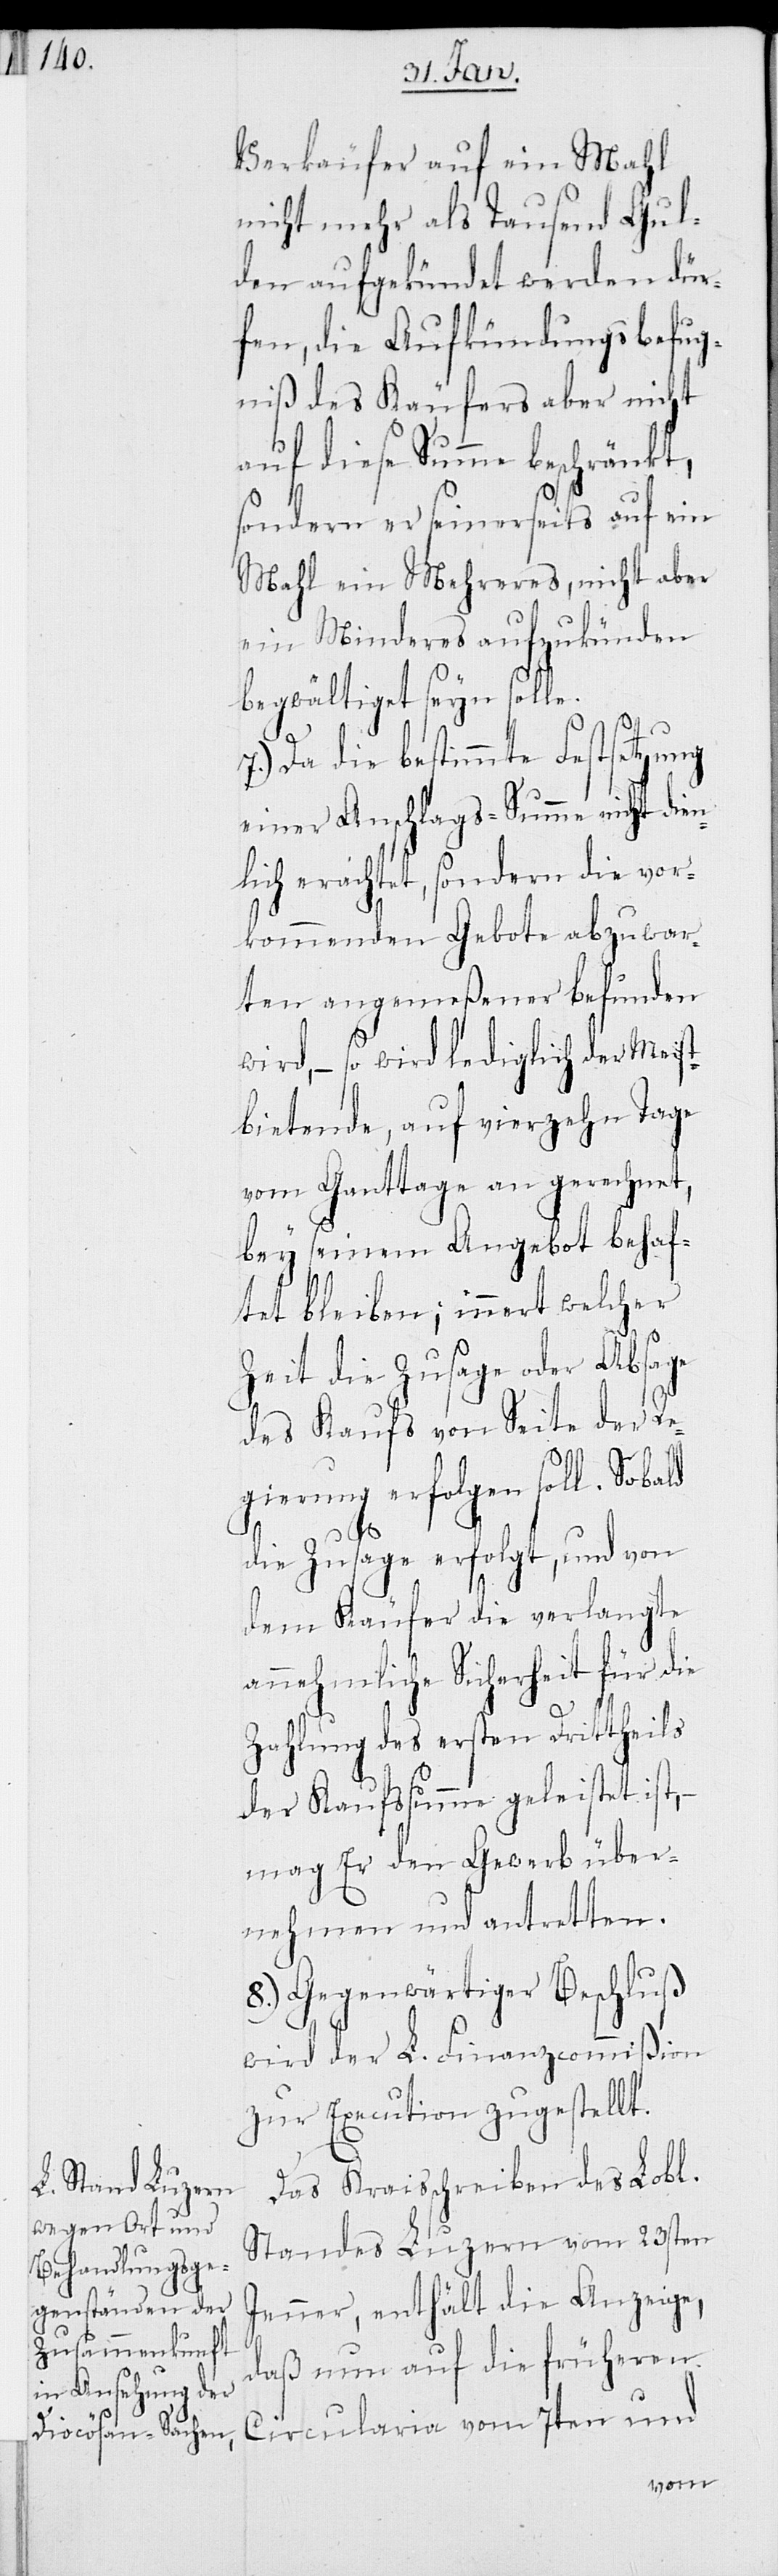
Verkäufer auf ein Mahl
nicht mehr als tausend Gul¬
den aufgekündet werden dür¬
fen, die Aufkündigungsbefug¬
niß des Käufers aber nicht
auf diese Summe beschränkt,
sondern er seinerseits auf ein
Mahl ein Mehreres, nicht aber
ein Minderes aufzukünden
begwältiget seyn solle.
Da die bestimmte Festsetzung
einer Anschlags-Summe nicht die¬
nlich erachtet, sondern die vor¬
kommenden Gebote abzuwar¬
ten angemeßener befunden
wird, – so wird lediglich der Meist¬
bietende, auf vierzehn Tage
vom Ganttage an gerechnet,
bey seinem Angebot behaf¬
tet bleiben; innert welcher
Zeit die Zusage oder Absage
des Kaufs von Seite der Re¬
gierung erfolgen soll. Sobald
die Zusage erfolgt, und von
dem Käufer die verlangte
annehmliche Sicherheit für die
Zahlung des ersten Drittheils
der Kaufssumme geleistet ist, –
mag er den Gewerb über¬
nehmen und antretten.
8.) Gegenwärtiger Beschluß
wird der L. Finanzcommißion
zur Execution zugestellt.
Das Kreisschreiben des Lobl.
Standes Luzern vom 23sten
Jenner, enthält die Anzeige,
daß nun auf die früheren
vom